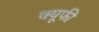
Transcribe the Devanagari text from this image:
क्यूफी